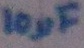
Text: 10µF